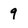
Character: 9